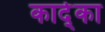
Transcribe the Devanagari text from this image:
कार्द्का